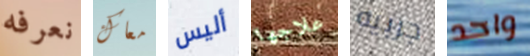
نعرفه معاك أليس علاجها جربيه واحد